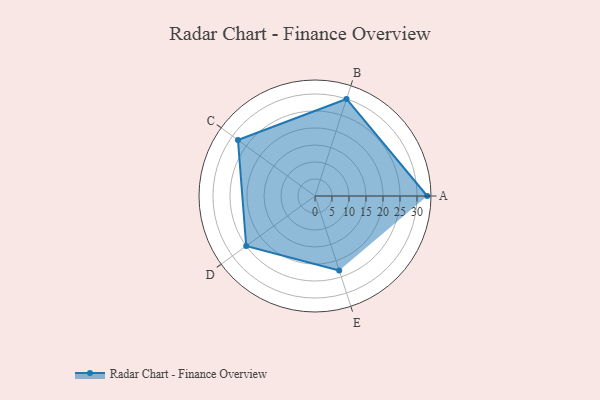
{"axis": {"x": "Skill", "y": "Score"}, "legend": ["Profile"], "data": [{"x": "A", "y": 33.0, "type": "Profile"}, {"x": "B", "y": 30.0, "type": "Profile"}, {"x": "C", "y": 28.0, "type": "Profile"}, {"x": "D", "y": 25.0, "type": "Profile"}, {"x": "E", "y": 23.0, "type": "Profile"}]}